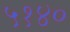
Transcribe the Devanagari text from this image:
५१४०